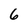
Character: 6